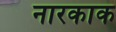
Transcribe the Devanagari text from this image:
नारकाक